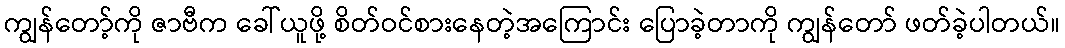
ကျွန်တော့်ကို ဇာဗီက ခေါ်ယူဖို့ စိတ်ဝင်စားနေတဲ့အကြောင်း ပြောခဲ့တာကို ကျွန်တော် ဖတ်ခဲ့ပါတယ်။